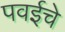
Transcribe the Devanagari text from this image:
पवईचे